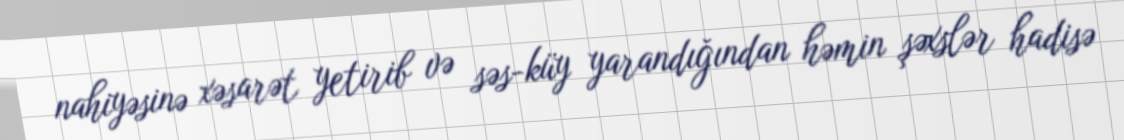
nahiyəsinə xəsarət yetirib və səs-küy yarandığından həmin şəxslər hadisə